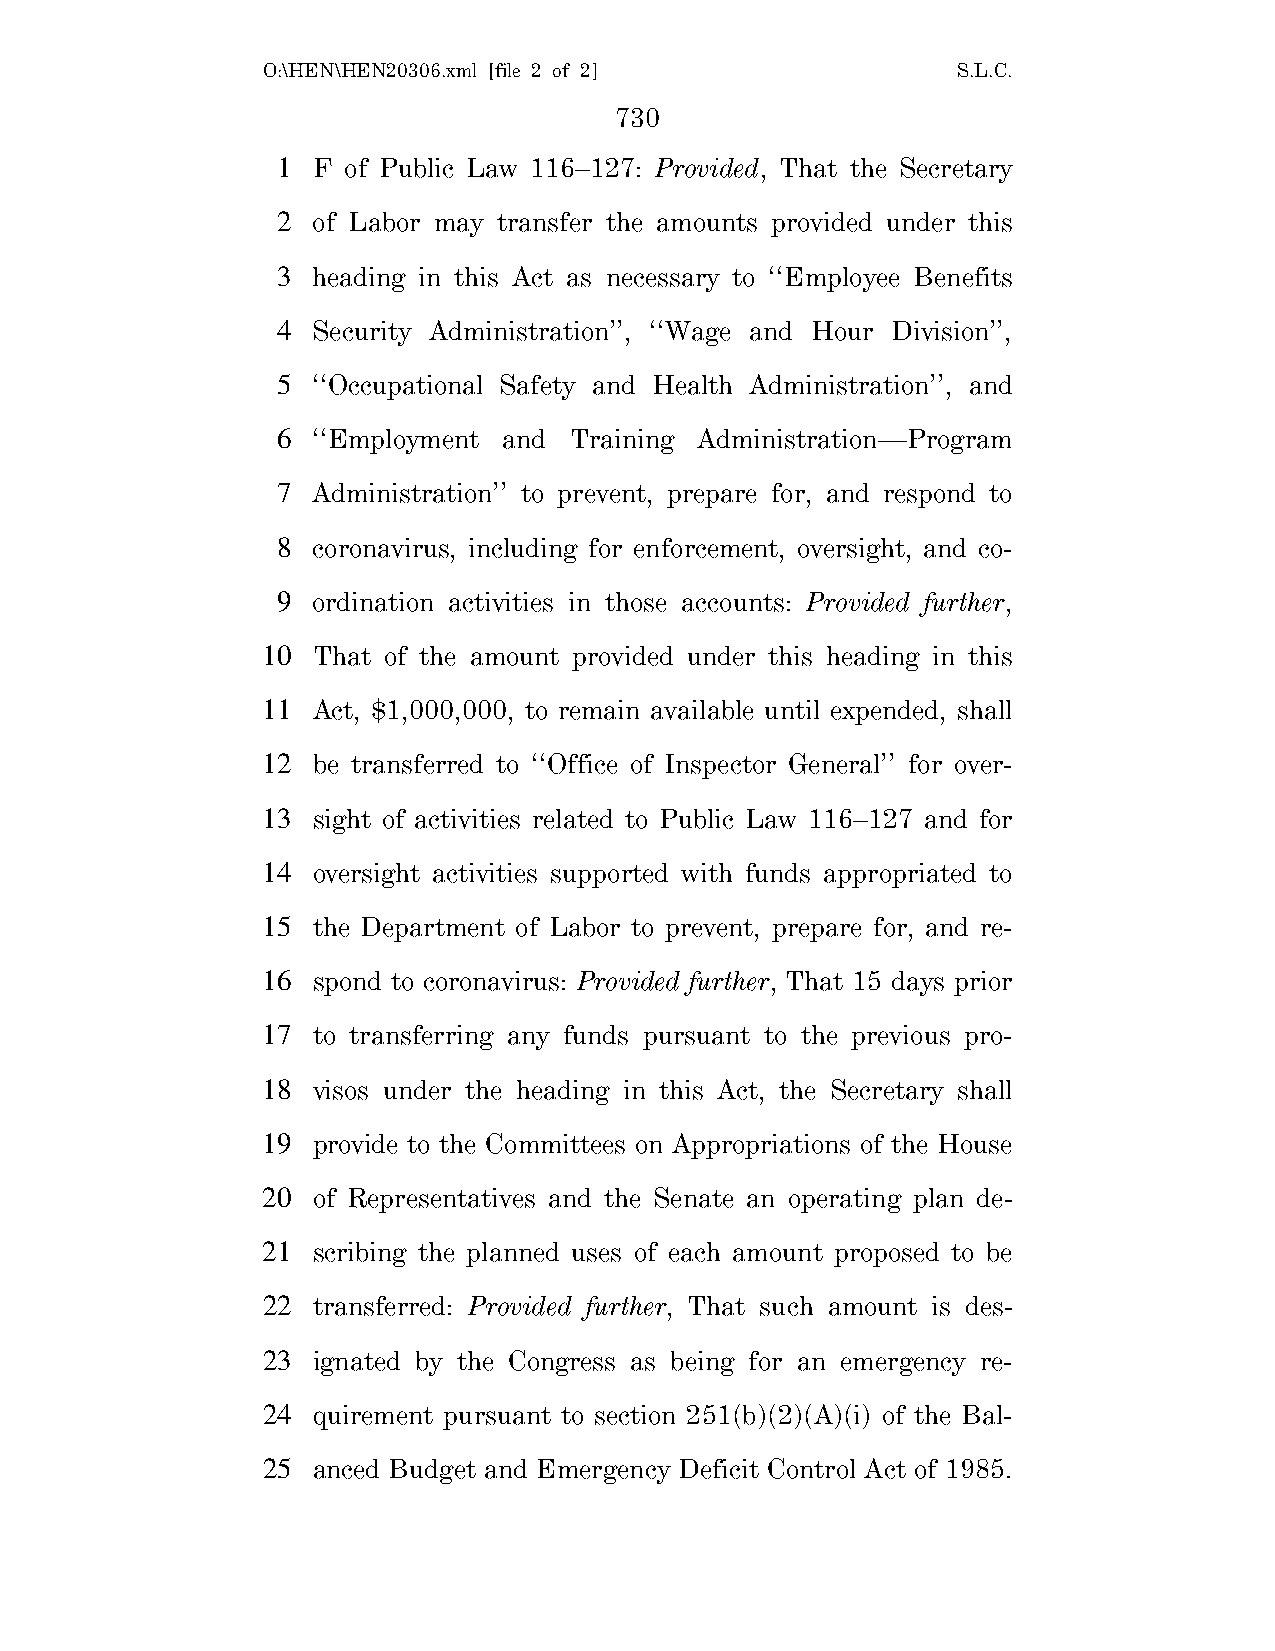
O:\HEN\HEN20306.xml [file 2 of 2]             S.L.C.
 730
 1  F of Public Law 116–127: Provided, That the Secretary
 2  of Labor may transfer the amounts provided under this
 3  heading in this Act as necessary to ‘‘Employee Benefits
 4  Security Administration’’, ‘‘Wage and Hour Division’’,
 5  ‘‘Occupational Safety and Health Administration’’, and
 6  ‘‘Employment and Training Administration—Program
 7  Administration’’ to prevent, prepare for, and respond to
 8  coronavirus, including for enforcement, oversight, and co-
 9  ordination activities in those accounts: Provided further,
 10  That of the amount provided under this heading in this
 11  Act, $1,000,000, to remain available until expended, shall
 12  be transferred to ‘‘Office of Inspector General’’ for over-
 13  sight of activities related to Public Law 116–127 and for
 14  oversight activities supported with funds appropriated to
 15  the Department of Labor to prevent, prepare for, and re-
 16  spond to coronavirus: Provided further, That 15 days prior
 17  to transferring any funds pursuant to the previous pro-
 18  visos under the heading in this Act, the Secretary shall
 19  provide to the Committees on Appropriations of the House
 20  of Representatives and the Senate an operating plan de-
 21  scribing the planned uses of each amount proposed to be
 22  transferred: Provided further, That such amount is des-
 23  ignated by the Congress as being for an emergency re-
 24  quirement pursuant to section 251(b)(2)(A)(i) of the Bal-
 25  anced Budget and Emergency Deficit Control Act of 1985.